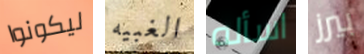
ليكونوا الغبيه اسأله بيرز